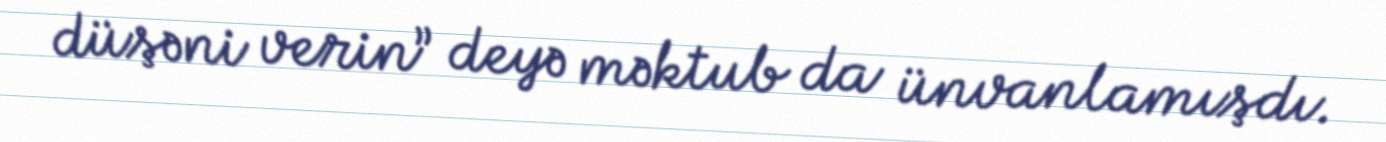
düşəni verin” deyə məktub da ünvanlamışdı.